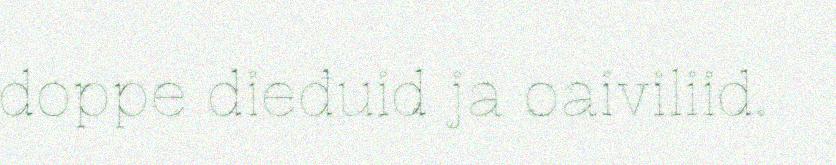
doppe dieđuid ja oaiviliid.